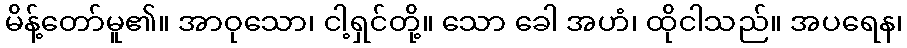
မိန့်တော်မူ၏။ အာဝုသော၊ ငါ့ရှင်တို့။ သော ခေါ အဟံ၊ ထိုငါသည်။ အပရေန၊